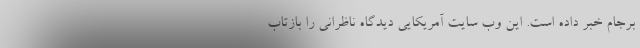
برجام خبر داده است. این وب سایت آمریکایی دیدگاه ناظرانی را بازتاب